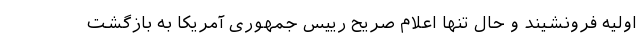
اولیه فرونشیند و حال تنها اعلام صریح رییس جمهوری آمریکا به بازگشت